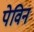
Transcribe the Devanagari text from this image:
पेविन